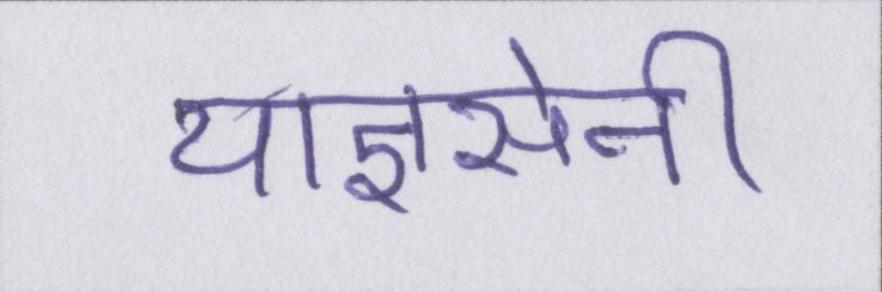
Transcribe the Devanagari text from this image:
याज्ञसेनी